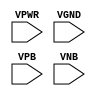
module sky130_fd_sc_hd__fill (
    VPWR,
    VGND,
    VPB ,
    VNB
);

    // Module ports
    input VPWR;
    input VGND;
    input VPB ;
    input VNB ;
     // No contents.
endmodule